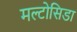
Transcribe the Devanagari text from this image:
मल्टोसिडा